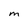
Character: M